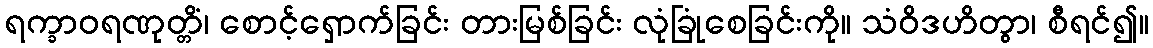
ရက္ခာဝရဏုတ္တိံ၊ စောင့်ရှောက်ခြင်း တားမြစ်ခြင်း လုံခြုံစေခြင်းကို။ သံဝိဒဟိတွာ၊ စီရင်၍။